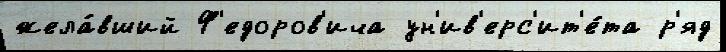
жела́вший Ф'едоров'ича ун'ив'ерс'ит'е́та р'яд